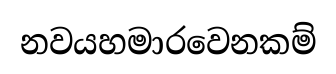
නවයහමාරවෙනකම්